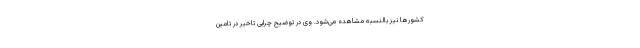
کشورها نیز بالنسبه مشاهده می‌شود. وی در توضیح چرایی تاخیر در تامین